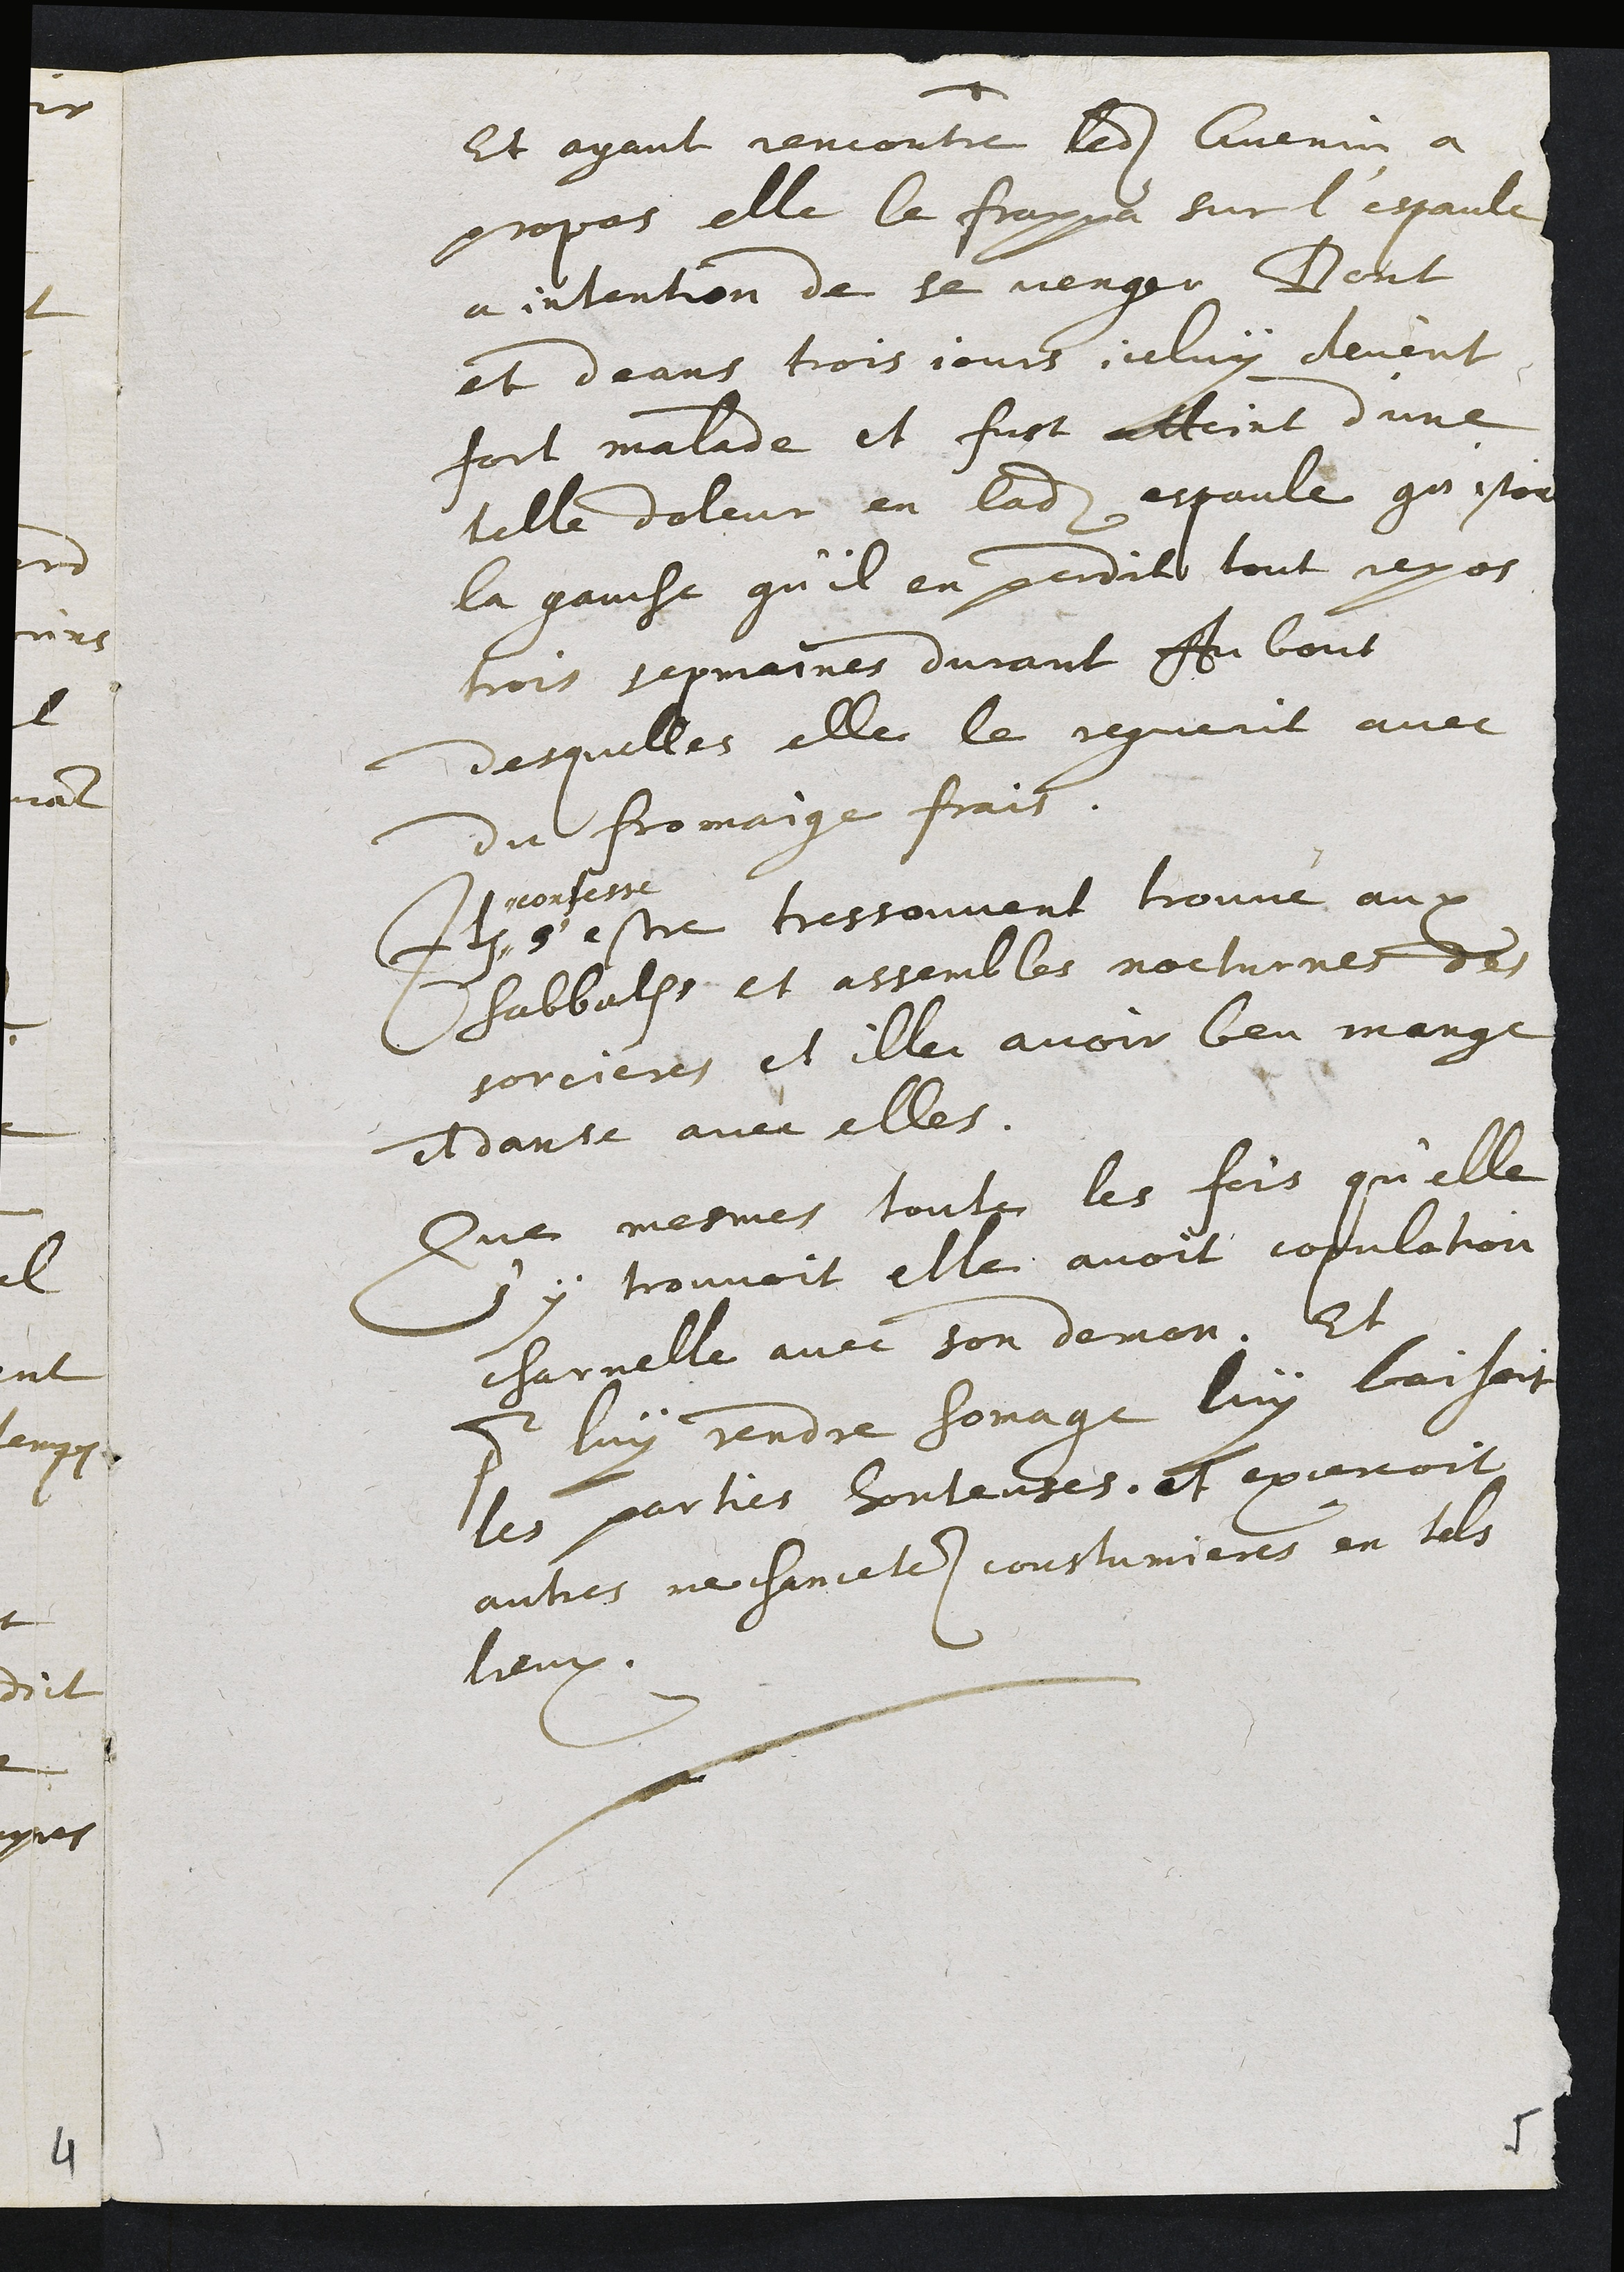
Et ayant rencontre ledit Guenin a
propos elle le frappa sur l'espaule
a intention de se venger Dont
et deans trois jours celuy devent
fort malade et fust atteint d'une
telle doleur en ladite espaule qu'estoit
la gauche qu'il en penditt tout repos
trois sepmaines durant Au bout
desquelles elle le reguerit avec
du fromaige frait.
f
nonfesse
s'estre tressouvent trouvé aupx
sabbaths et assembles nocturnes des
sorcieres et ille avoir beu mange
edanse avec elles.
Que mesmes touts les fois qu'elle
sy trouvoit elle avoit couulation
charnelle avec son domon. Et
pur luy rendre homage luy baisoit
les parties hontenses. et excercoit
autres nechancetes coustumieres en tels
leux.